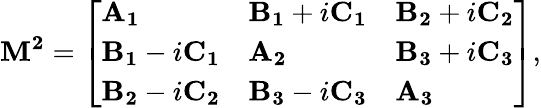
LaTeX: \mathbf{M^{2}}={\left[\begin{array}{lll}{\mathbf{A_{1}}}&{\mathbf{B_{1}}+i\mathbf{C_{1}}}&{\mathbf{B_{2}}+i\mathbf{C_{2}}}\\ {\mathbf{B_{1}}-i\mathbf{C_{1}}}&{\mathbf{A_{2}}}&{\mathbf{B_{3}}+i\mathbf{C_{3}}}\\ {\mathbf{B_{2}}-i\mathbf{C_{2}}}&{\mathbf{B_{3}}-i\mathbf{C_{3}}}&{\mathbf{A_{3}}}\end{array}\right]},